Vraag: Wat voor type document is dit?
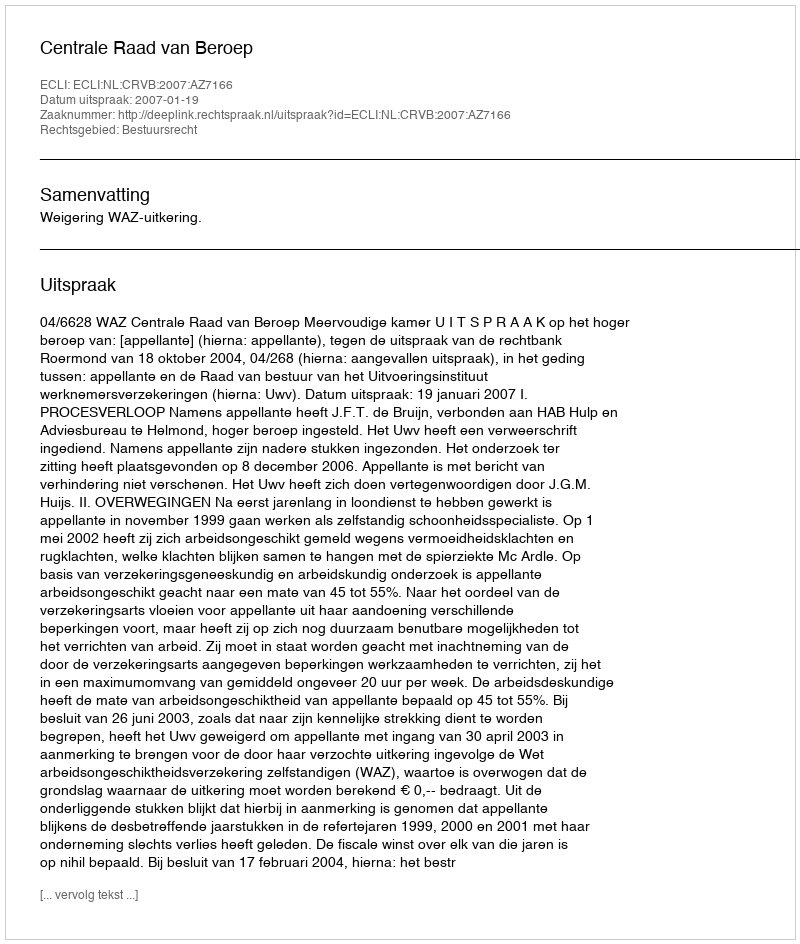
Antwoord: Uitspraak